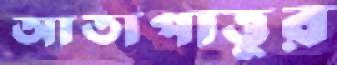
আতাপাত্তুর